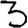
Digit: 3